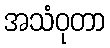
အသံဝုတာ